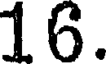
16.